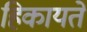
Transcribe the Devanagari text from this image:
हिकायतें